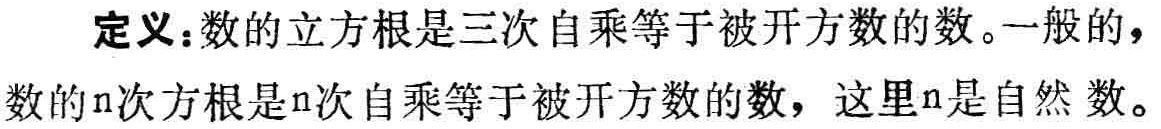
定义：数的立方根是三次自乘等于被开方数的数。一般的，数的\(n\)次方根是\(n\)次自乘等于被开方数的数，这里\(n\)是自然数。